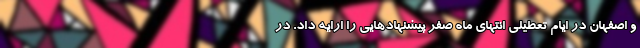
و اصفهان در ایام تعطیلی انتهای ماه صفر پیشنهادهایی را ارایه داد. در